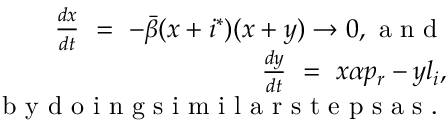
\begin{array} { r } { \frac { d x } { d t } \ = \ - \bar { \beta } ( x + i ^ { * } ) ( x + y ) \to 0 , \mathrm { ~ a ~ n ~ d ~ } } \\ { \ \ \ \ \ \ \frac { d y } { d t } \ = \ x \alpha p _ { r } - y l _ { i } , } \\ { \mathrm { ~ b ~ y ~ d ~ o ~ i ~ n ~ g ~ s ~ i ~ m ~ i ~ l ~ a ~ r ~ s ~ t ~ e ~ p ~ s ~ a ~ s ~ . ~ } } \end{array}